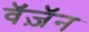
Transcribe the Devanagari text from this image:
वॅज़ॅन